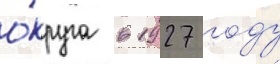
о́круга в 1927 году